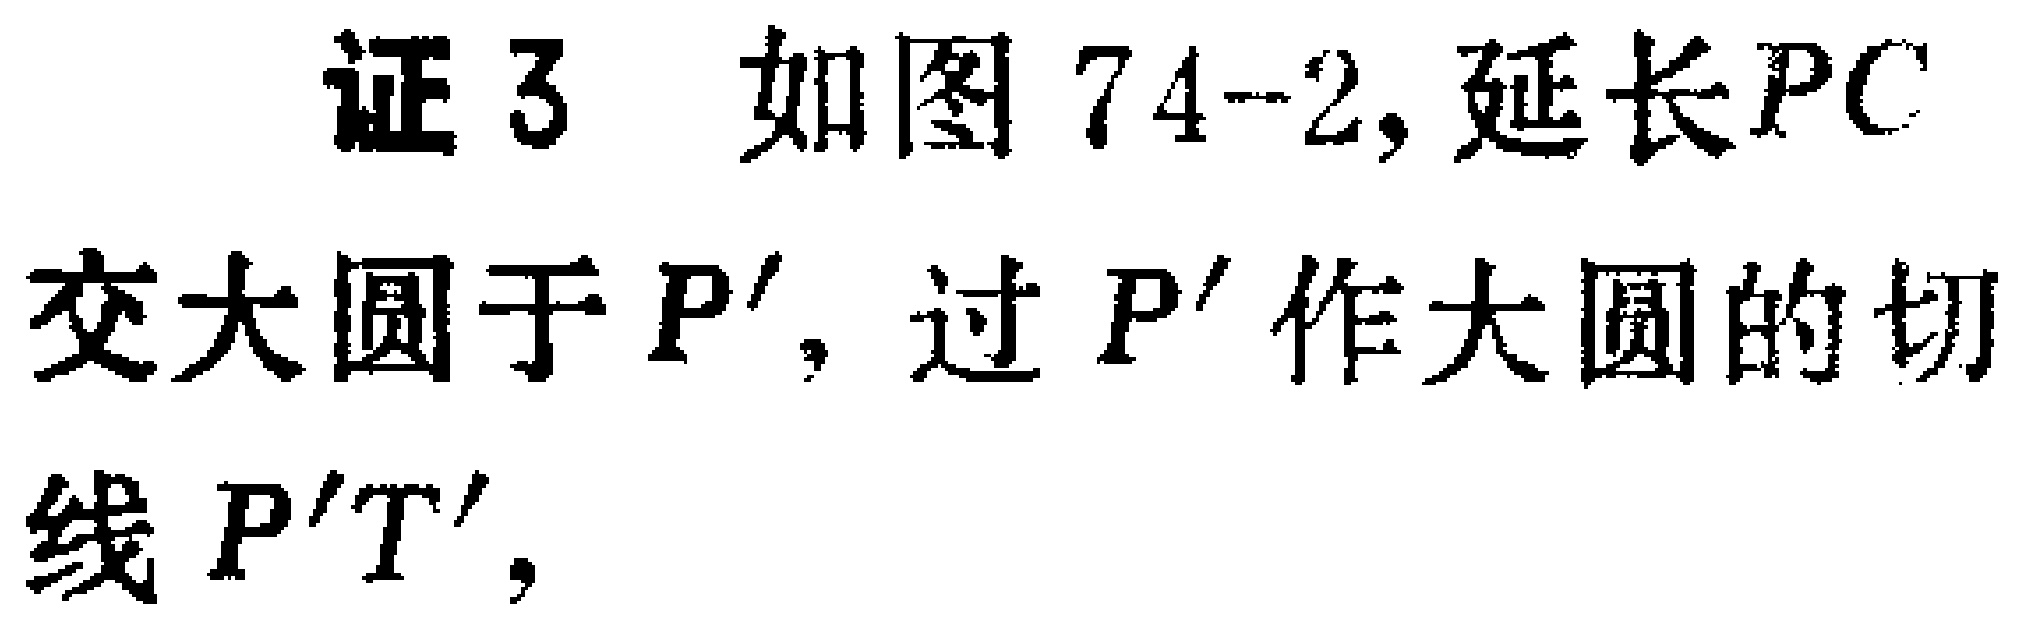
证3 如图74-2, 延长 \(PC\) 交大圆于 \(P'\), 过 \(P'\) 作大圆的切线 \(P'T'\),